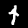
Label: 4